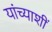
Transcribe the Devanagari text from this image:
यांच्याशीं